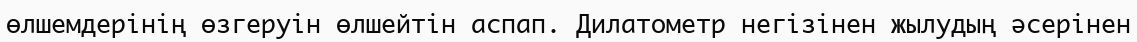
өлшемдерінің өзгеруін өлшейтін аспап. Дилатометр негізінен жылудың әсерінен